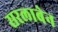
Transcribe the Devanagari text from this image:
सरलाबेन